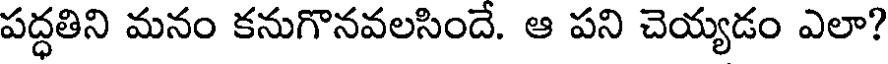
పద్ధతిని మనం కనుగొనవలసిందే. ఆ పని చెయ్యడం ఎలా?